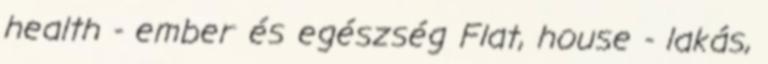
health - ember és egészség Flat, house - lakás,